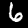
Label: 6